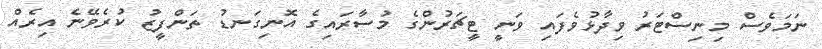
ނަމަވެސް މިނިސްޓަރު ވިދާޅުވެފައި ވަނީ ޓީޗަރުންގެ މުސާރައިގެ އޮނިގަނޑު ތަންފީޒު ކުރެވޭނެ އިރެއް